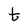
Character: t